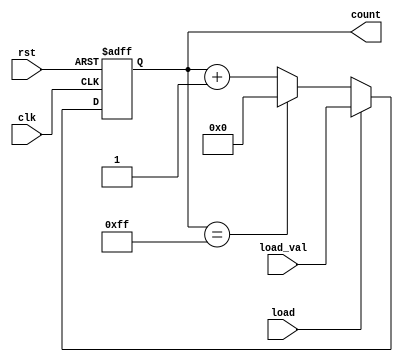
module loadable_counter (
    input wire clk,            // Clock signal
    input wire rst,            // Reset signal (active high)
    input wire load,           // Load signal (active high)
    input wire [7:0] load_val, // Value to load into the counter
    output reg [7:0] count     // Current counter value
);

    // Define the maximum and minimum values for the counter
    localparam MAX_VALUE = 8'd255; // Maximum value for an 8-bit counter
    localparam MIN_VALUE = 8'd0;    // Minimum value for the counter

    // Synchronous process
    always @(posedge clk or posedge rst) begin
        if (rst) begin
            // Reset the counter to the minimum value
            count <= MIN_VALUE;
        end else if (load) begin
            // Load the counter with the load value
            count <= load_val;
        end else begin
            // Increment the counter and handle overflow
            if (count == MAX_VALUE) begin
                count <= MIN_VALUE; // Wrap around to minimum value
            end else begin
                count <= count + 1; // Increment the counter
            end
        end
    end

endmodule